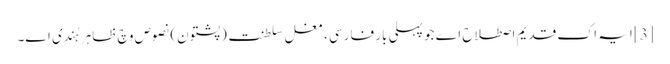
[3] ایہ اک قدیم اصطلاح اے جو پہلی بار فارسی ، مغل سلطنت (پشتون) نصوص وچ ظاہر ہُندی ا‏‏ے۔